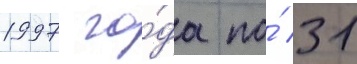
1997 го́да по́ 31